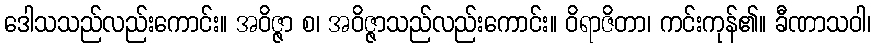
ဒေါသသည်လည်းကောင်း။ အဝိဇ္ဇာ စ၊ အဝိဇ္ဇာသည်လည်းကောင်း။ ဝိရာဇိတာ၊ ကင်းကုန်၏။ ခီဏာသဝါ၊